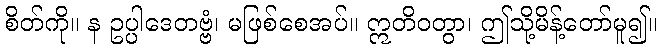
စိတ်ကို။ န ဥပ္ပါဒေတဗ္ဗံ၊ မဖြစ်စေအပ်။ ဣတိဝတွာ၊ ဤသို့မိန့်တော်မူ၍။